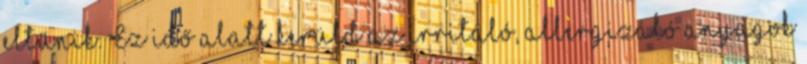
eltűnik. Ez idő alatt kerüld az irritáló, allergizáló anyagok